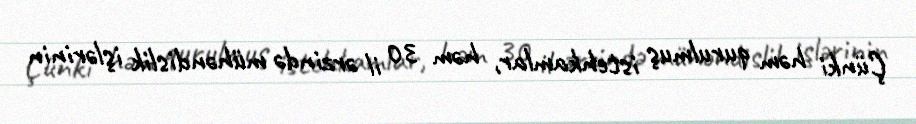
Çünki həm qurulmuş istehkamlar, həm 30 il ərzində mühəndislik işlərinin